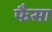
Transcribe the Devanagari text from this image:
फैसा